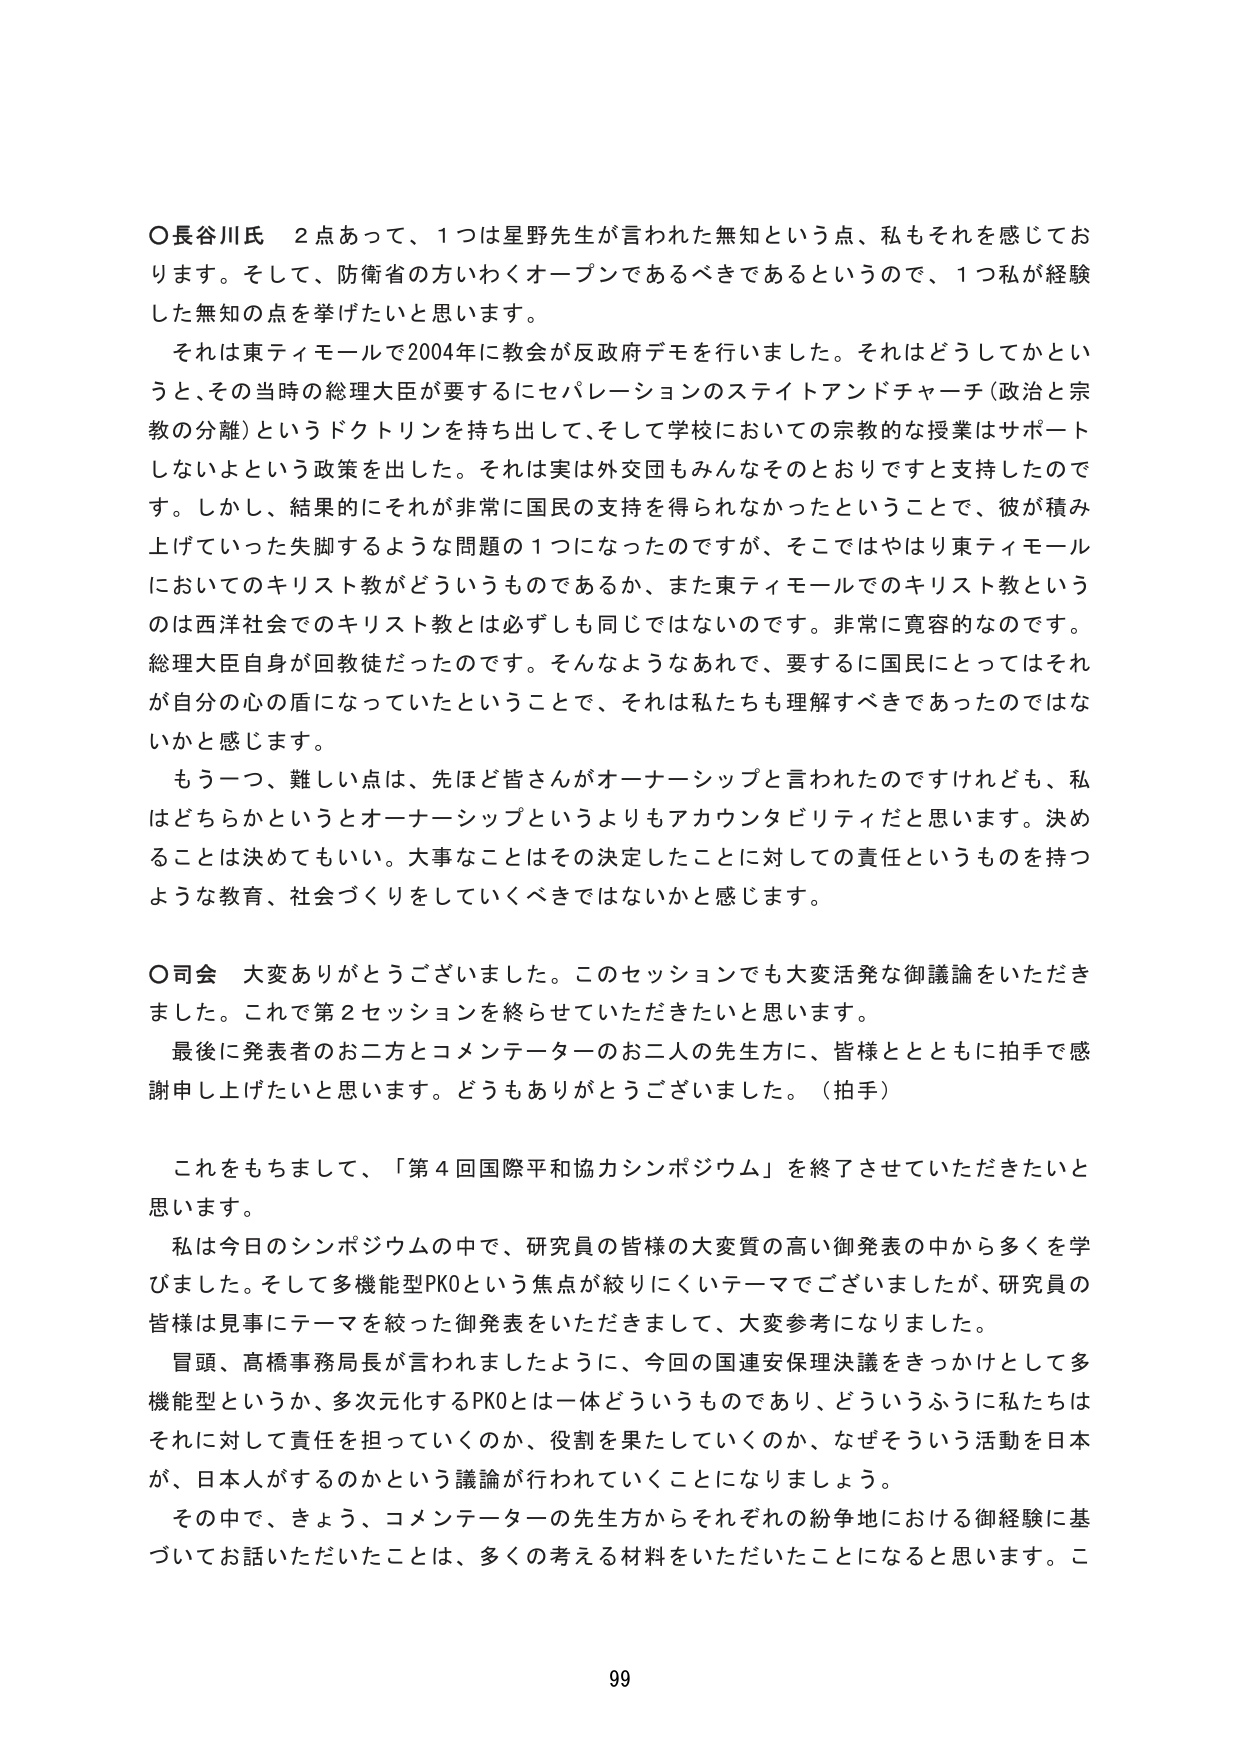
〇長谷川氏　２点あって、１つは星野先生が言われた無知という点、私もそれを感じております。そして、防衛省の方いわくオープンであるべきであるというので、１つ私が経験した無知の点を挙げたいと思います。

　それは東ティモールで2004年に教会が反政府デモを行いました。それはどうしてかというと、その当時の総理大臣が要するにセパレーションのステイトアンドチャーチ（政治と宗教の分離）というドクトリンを持ち出して、そして学校においての宗教的な授業はサポートしないよという政策を出した。それは実は外交団もみんなそのとおりですと支持したのです。しかし、結果的にそれが非常に国民の支持を得られなかったということで、彼が積み上げていった失脚するような問題の１つになったのですが、そこではやはり東ティモールにおいてのキリスト教がどういうものであるか、また東ティモールでのキリスト教というのは西洋社会でのキリスト教とは必ずしも同じではないのです。非常に寛容的なのです。総理大臣自身が回教徒だったのです。そんなようなあれで、要するに国民にとってはそれが自分の心の盾になっていたということで、それは私たちも理解すべきであったのではないかと感じます。

　もう一つ、難しい点は、先ほど皆さんがオーナーシップと言われたのですけれども、私はどちらかというとオーナーシップというよりもアカウンタビリティだと思います。決めることは決めてもいい。大事なことはその決定したことに対しての責任というものを持つような教育、社会づくりをしていくべきではないかと感じます。

〇司会　大変ありがとうございました。このセッションでも大変活発な御議論をいただきました。これで第２セッションを終らせていただきたいと思います。

　最後に発表者のお二方とコメンテーターのお二人の先生方に、皆様とともに拍手で感謝申し上げたいと思います。どうもありがとうございました。（拍手）

　これをもちまして、「第４回国際平和協力シンポジウム」を終了させていただきたいと思います。

　私は今日のシンポジウムの中で、研究員の皆様の大変質の高い御発表の中から多くを学びました。そして多機能型PKOという焦点が絞りにくいテーマでございましたが、研究員の皆様は見事にテーマを絞った御発表をいただきまして、大変参考になりました。

　冒頭、高橋事務局長が言われましたように、今回の国連安保理決議をきっかけとして多機能型というか、多次元化するPKOとは一体どういうものであり、どういうふうに私たちはそれに対して責任を担っていくのか、役割を果たしていくのか、なぜそういう活動を日本が、日本人がするのかという議論が行われていくことになりましょう。

　その中で、きょう、コメンテーターの先生方からそれぞれの紛争地における御経験に基づいてお話いただいたことは、多くの考える材料をいただいたことになると思います。こ

99